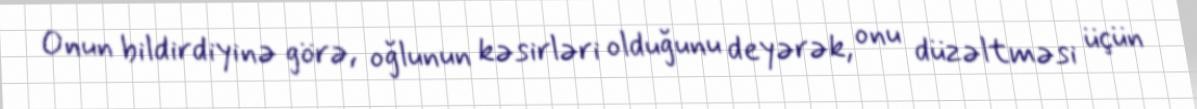
Onun bildirdiyinə görə, oğlunun kəsirləri olduğunu deyərək, onu düzəltməsi üçün